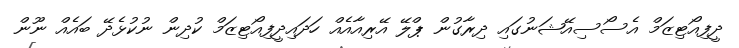
ދީފިއޯޓިޒަމް އެސޯސިއޭޝަނުގައި ދިރާގުން ޕްލޭ އޭރިއާއެއް ހަދައިދީފިއޯޓިޒަމް ކުދިން ނުކުޅެދޭ ބައެއް ނޫން